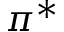
\pi ^ { * }